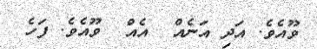
ވޫއެވެ. އަދި އަނެއް  އެއް  ވޫއެވެ. ފަހެ